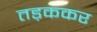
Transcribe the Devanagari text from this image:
तड़ककर